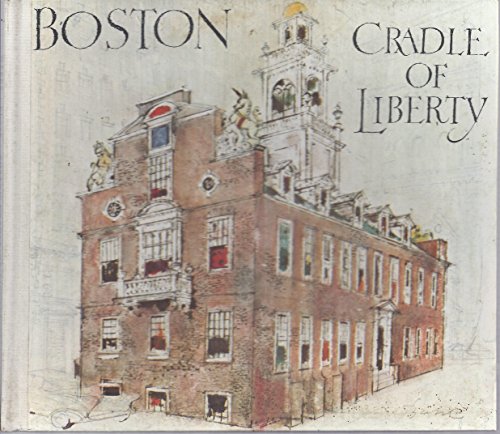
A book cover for Boston, cradle of liberty; Edward Weeks; Travel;